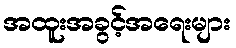
အထူးအခွင့်အရေးများ